Annual report of the Bengal Veterinary College and of the Civil Veterinary Department, Bengal, for the year 1915-16 - 1915-1916
Year: 1915
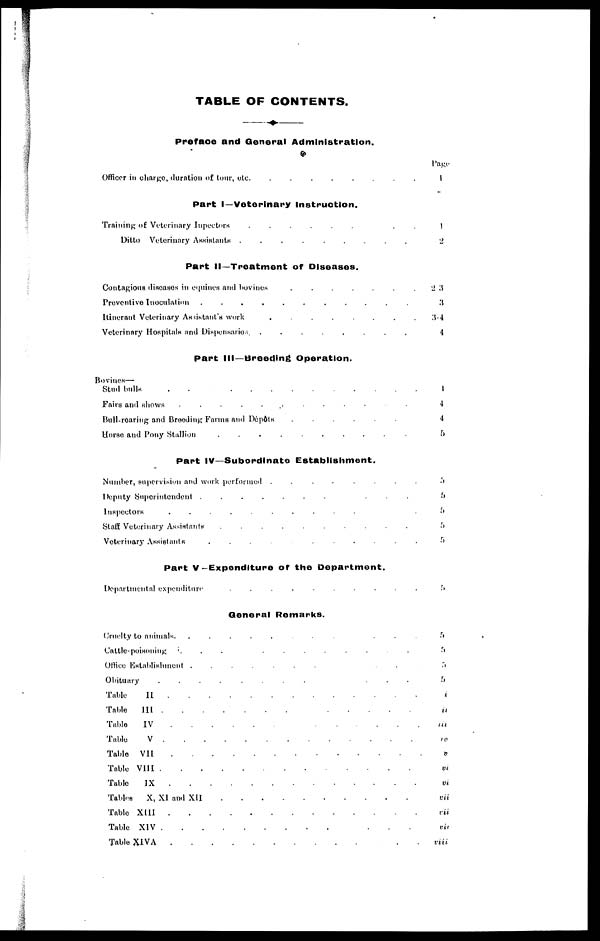
TABLE OF CONTENTS.
Preface and General Administration.
Officer in charge, duration of tour, etc. . . . . . .
Part I—Veterinary Instruction.
Training of Veterinary Inpectors
.
.
.
.
.
.
.
.
.
Ditto Veterinary Assistants .
.
.
.
.
.
.
.
.
Part II—Treatment of Diseases.
Contagious diseases in equines and
bovines
.
.
.
.
.
.
.
Preventive Inoculation . . . . . . . . . . .
Itinerant Veterinary Assistant's work
.
.
.
.
.
.
.
.
Veterinary Hospitals and Dispensaries .
.
.
.
.
.
.
.
Part III—Breeding Operation.
Bovines—
Stud bulls . . . . . . . . . . .
Fairs and shows
.
.
.
.
.
. .
.
.
.
.
.
.
Bull-roaring and Breeding Farms and Dépôts . . . . . .
Horse and Pony Stallion . . . . . . . . . .
Part IV—Subordinate Establishment.
Number, supervision and work performed .
.
.
.
.
.
.
.
Deputy Superintendent .
.
.
.
.
.
.
.
.
.
Inspectors . . . . . . . . . . . .
Staff Veterinary Assistants
.
.
.
.
.
.
.
.
.
.
Veterinary Assistants . . . . . . . . . . .
Part V-Expenditure of the Department.
Department expenditure . . . . . . . . . . . . .
General Remarks.
Cruelty to animals.
.
.
.
.
.
.
.
.
.
.
.
Cattle-poisoning
.
.
.
.
.
.
.
.
.
.
Office Establishment .
.
.
.
.
.
. .
Obituary
.
.
.
.
.
.
.
.
.
.
.
Table
II . . . . . . . . . . . . . . . .
Table III . . . . . . . . . . .
Table
IV
.
.
.
.
.
.
.
.
.
.
.
.
.
.
Table
V
.
.
.
.
.
.
.
.
.
.
.
.
.
.
.
Table
VII
.
.
.
.
.
.
.
.
.
.
.
.
Table VIII
.
.
.
.
.
.
.
.
.
.
.
.
.
.
Table
IX . . . . . . . . . . . . . . . . . . . .
Tables
X, XI and XII . . . . . . . . . .
Table XIII
.
.
.
.
.
.
.
.
.
.
.
.
.
.
.
.
.
Table XIV
.
.
.
.
.
.
.
.
.
.
.
.
.
.
.
.
.
.
Table XIVA . . . . . . . . . . . . .
Page
1
1
2
23
3
3-4
4.
1
4
4
5
5
5
5
5
5
5
5
5
5
5
i
ii
iii
iv
V
vi
vi
vii
vii
vii
viii